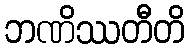
ဘဏိဿတီတိ